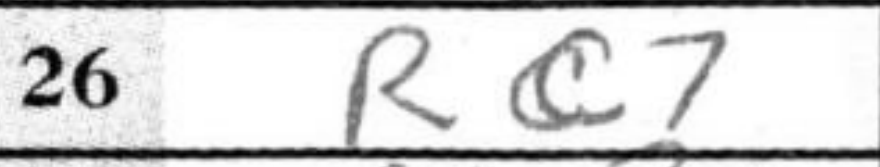
Transcription: Rc7